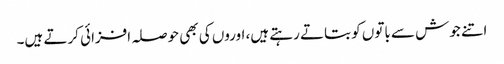
اتنے جوش سے باتوں کو بتاتے رہتے ہیں، اوروں کی بھی حوصلہ افزائی کرتے ہیں۔